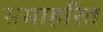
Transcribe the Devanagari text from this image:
समाहरित